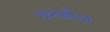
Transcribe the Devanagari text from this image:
पनडौल